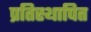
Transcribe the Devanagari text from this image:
प्रतिस्थापित